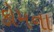
કોમના